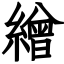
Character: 繒